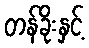
တန်ခိုးနှင့်